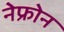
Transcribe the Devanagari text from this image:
नेफ्रोन